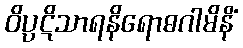
ဝိပ္ပဋိသာရနိရောဓဂါမိနိံ